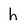
Character: h